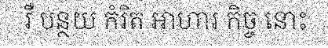
រឺ បន្ថយ កំរិត អាហារ កិច្ច នោះ